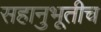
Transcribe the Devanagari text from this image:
सहानुभूतीच